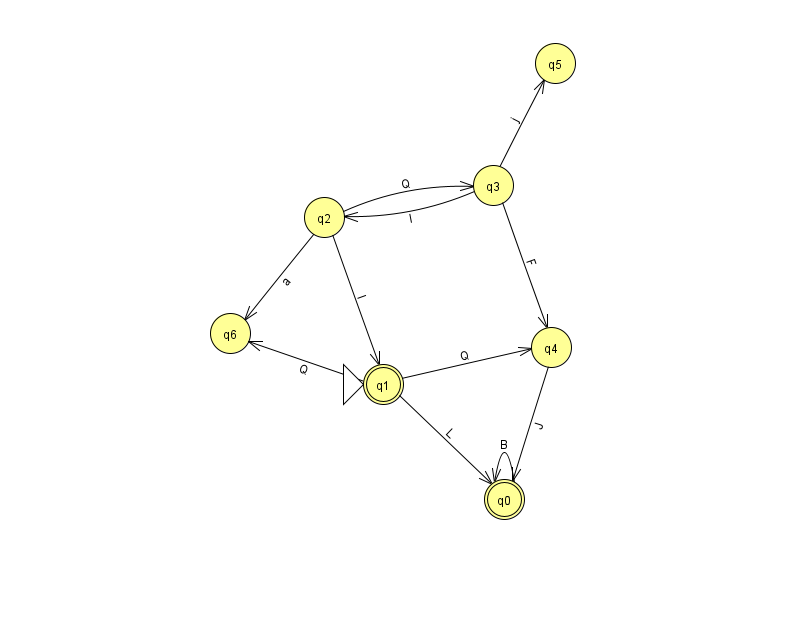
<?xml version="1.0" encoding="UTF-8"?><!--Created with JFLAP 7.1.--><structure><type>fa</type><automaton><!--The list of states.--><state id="0" name="q0"><x>504.0</x><y>486.0</y><final/></state><state id="1" name="q1"><x>383.0</x><y>371.0</y><initial/><final/></state><state id="2" name="q2"><x>324.0</x><y>204.0</y></state><state id="3" name="q3"><x>493.0</x><y>172.0</y></state><state id="4" name="q4"><x>551.0</x><y>334.0</y></state><state id="5" name="q5"><x>555.0</x><y>50.0</y></state><state id="6" name="q6"><x>230.0</x><y>320.0</y></state><!--The list of transitions.--><transition><from>0</from><to>0</to><read>B</read></transition><transition><from>1</from><to>4</to><read>Q</read></transition><transition><from>1</from><to>0</to><read>L</read></transition><transition><from>2</from><to>1</to><read>l</read></transition><transition><from>1</from><to>6</to><read>Q</read></transition><transition><from>2</from><to>3</to><read>Q</read></transition><transition><from>4</from><to>0</to><read>J</read></transition><transition><from>2</from><to>6</to><read>a</read></transition><transition><from>3</from><to>2</to><read>l</read></transition><transition><from>3</from><to>5</to><read>j</read></transition><transition><from>3</from><to>4</to><read>F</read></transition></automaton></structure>